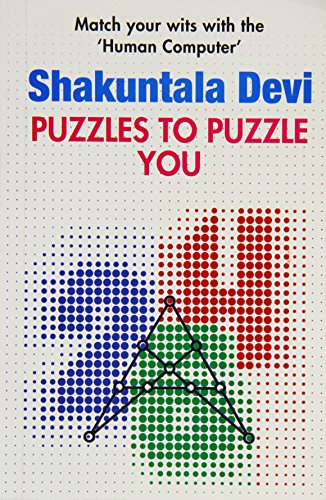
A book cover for Puzzles to Puzzle You; Devi Shakuntala; Humor & Entertainment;